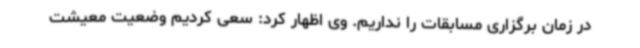
در زمان برگزاری مسابقات را نداریم. وی اظهار کرد: سعی کردیم وضعیت معیشت